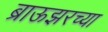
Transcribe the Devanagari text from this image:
ब्राऊझरच्या